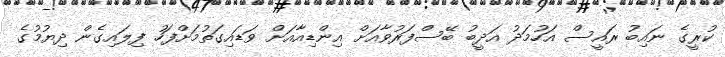
ކުރީގެ ނައިބު ރައީސް އަހުމަދު އަދީބު ބޭސްފަރުވާއަށް އިންޑިއާއަށް ވަޑައިގަތުމަށްފަހު ފިލައިގެން ދިޔުމުގެ